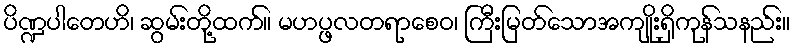
ပိဏ္ဍပါတေဟိ၊ ဆွမ်းတို့ထက်။ မဟပ္ဖလတရာစေဝ၊ ကြီးမြတ်သောအကျိုးရှိကုန်သနည်း။